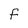
Character: f